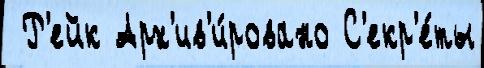
 Р'ейк Арх'ив'и́ровано С'екр'е́ты